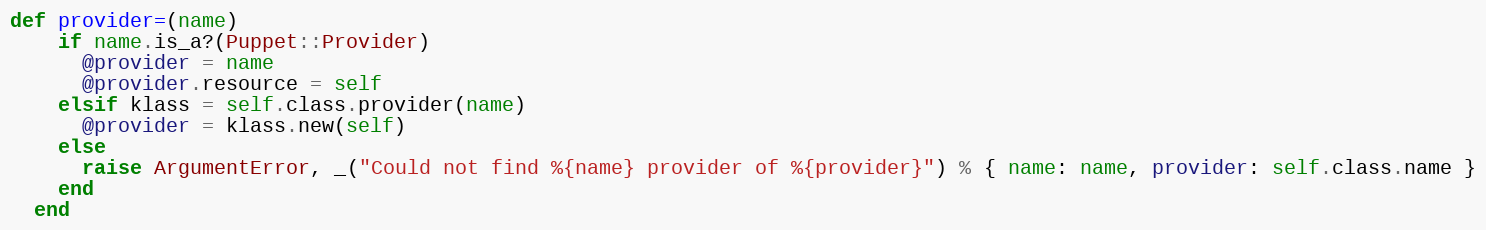
Language: Ruby
def provider=(name)
    if name.is_a?(Puppet::Provider)
      @provider = name
      @provider.resource = self
    elsif klass = self.class.provider(name)
      @provider = klass.new(self)
    else
      raise ArgumentError, _("Could not find %{name} provider of %{provider}") % { name: name, provider: self.class.name }
    end
  end